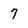
Character: 7